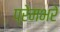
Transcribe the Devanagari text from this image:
प्रेमभरे